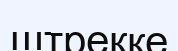
штрекке